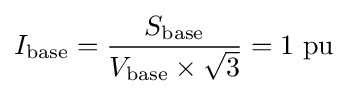
I_{\text{base}}={\frac {S_{\text{base}}}{V_{\text{base}}\times {\sqrt {3}}}}=1{\text{ pu}}